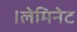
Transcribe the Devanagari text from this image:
।लेमिनेट